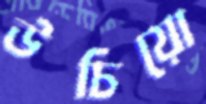
উচিয়ো